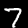
Label: 7